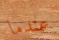
عندما